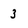
Character: 3